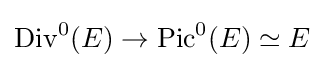
\operatorname {Div} ^{0}(E)\to \operatorname {Pic} ^{0}(E)\simeq E